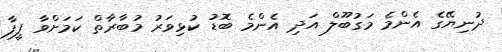
ދުނިޔޭގެ އެންމެ މަގުބޫލް އަދި އެންމެ ބޮޑު ކުޅިވަރު މުބާރާތް ކަމަށްވާ ފީފާ